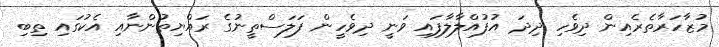
މުޒާހަރާތެރެއިން ދިވެހި ދިދަ އުފުއްލާލާފައި ވަނީ ދިވެހީން ފަލަސްތީނުގެ ރައްޔިތުންނާއި އެކުގައި ތިބި